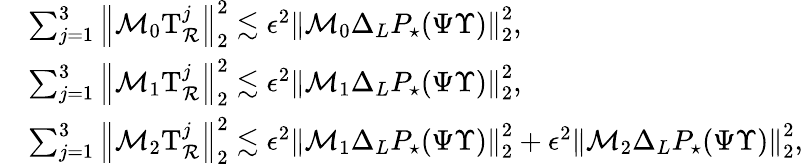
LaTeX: \begin{array}{rl}&{\sum_{j=1}^{3}\left\| \mathcal{M}_{0}\mathrm{T}_{\mathcal{R}}^{j}\right\| _{2}^{2}\lesssim\epsilon^{2}\left\| \mathcal{M}_{0}\Delta_{L}P_{\star}(\Psi\Upsilon)\right\| _{2}^{2},}\\ &{\sum_{j=1}^{3}\left\| \mathcal{M}_{1}\mathrm{T}_{\mathcal{R}}^{j}\right\| _{2}^{2}\lesssim\epsilon^{2}\left\| \mathcal{M}_{1}\Delta_{L}P_{\star}(\Psi\Upsilon)\right\| _{2}^{2},}\\ &{\sum_{j=1}^{3}\left\| \mathcal{M}_{2}\mathrm{T}_{\mathcal{R}}^{j}\right\| _{2}^{2}\lesssim\epsilon^{2}\left\| \mathcal{M}_{1}\Delta_{L}P_{\star}(\Psi\Upsilon)\right\| _{2}^{2}+\epsilon^{2}\left\| \mathcal{M}_{2}\Delta_{L}P_{\star}(\Psi\Upsilon)\right\| _{2}^{2},}\end{array}